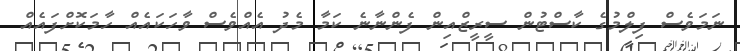
ނަމަވެސް ފިލްމުގެ ކާސްޓުން ސީރީޒްއިން ފެންނާނެ ކަމާ މެދު އެއްވެސް ވާހަކައެއް ހާމަކޮށްފައެއް